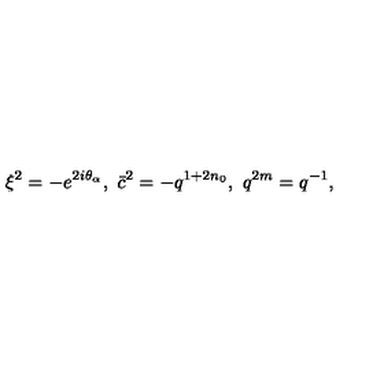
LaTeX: \xi ^ { 2 } = - e ^ { 2 i \theta _ { \alpha } } , \ \bar { c } ^ { 2 } = - q ^ { 1 + 2 n _ { 0 } } , \ q ^ { 2 m } = q ^ { - 1 } ,